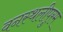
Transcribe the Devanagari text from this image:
वनस्थलीपुरम